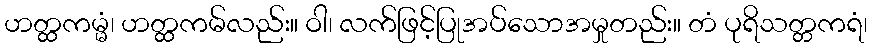
ဟတ္ထကမ္မံ၊ ဟတ္ထကမ်လည်း။ ဝါ၊ လက်ဖြင့်ပြုအပ်သောအမှုတည်း။ တံ ပုရိသတ္တကရံ၊